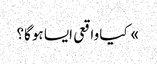
» کیا واقعی ایسا ہوگا؟